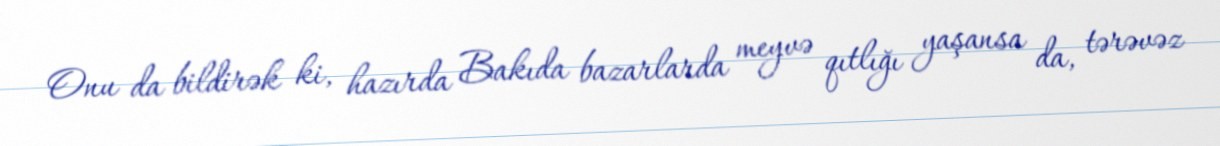
Onu da bildirək ki, hazırda Bakıda bazarlarda meyvə qıtlığı yaşansa da, tərəvəz